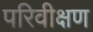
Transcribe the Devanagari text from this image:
परिवीक्षण